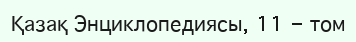
Қазақ Энциклопедиясы, 11 - том